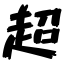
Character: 超